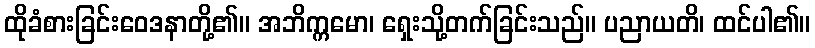
ထိုခံစားခြင်းဝေဒနာတို့၏။ အဘိက္ကမော၊ ရှေးသို့တက်ခြင်းသည်။ ပညာယတိ၊ ထင်ပါ၏။